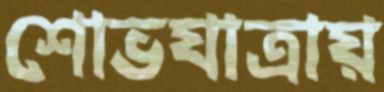
শোভযাত্রায়